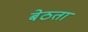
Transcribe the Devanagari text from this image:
बेठता